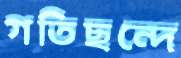
গতিছন্দে